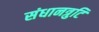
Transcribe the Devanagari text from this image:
संधानत्रुटि